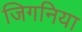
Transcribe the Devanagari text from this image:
जिगनिया